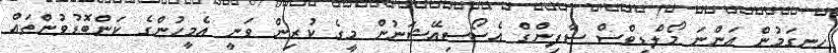
ހިނގަމުން އަންނަ މޯލްޑިވްސް ސާފިންގް އެސޯސިއޭޝަނުން މީގެ ކުރިން ވަނީ އެމީހުންގެ ކަންބޮޑުވުންތައް